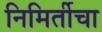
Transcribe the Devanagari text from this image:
निमिर्तीचा